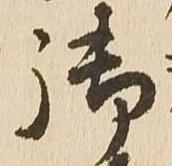
御